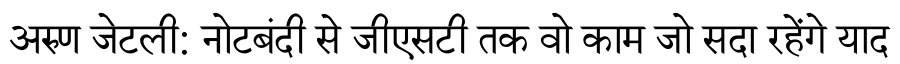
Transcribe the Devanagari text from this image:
अरुण जेटली: नोटबंदी से जीएसटी तक वो काम जो सदा रहेंगे याद